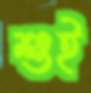
শুই